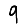
Digit: 9